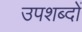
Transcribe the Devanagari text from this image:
उपशब्दों